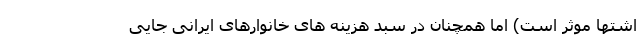
اشتها موثر است) اما همچنان در سبد هزینه های خانوارهای ایرانی جایی